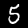
Digit: 5